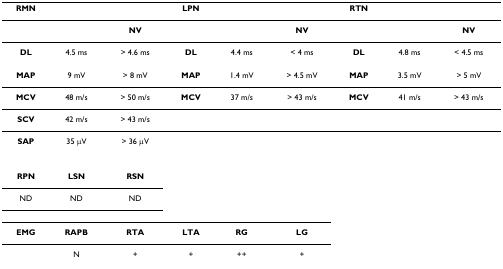
| RMN |  |  | LPN |  |  | RTN |  |  |
 | --- | --- | --- | --- | --- | --- | --- | --- | --- |
 |  |  | NV |  |  | NV |  |  | NV |
 | DL | 4.5 ms | > 4.6 ms | DL | 4.4 ms | < 4 ms | DL | 4.8 ms | < 4.5 ms |
 | MAP | 9 mV | > 8 mV | MAP | 1.4 mV | > 4.5 mV | MAP | 3.5 mV | > 5 mV |
 | MCV | 48 m/s | > 50 m/s | MCV | 37 m/s | > 43 m/s | MCV | 41 m/s | > 43 m/s |
 | SCV | 42 m/s | > 43 m/s |  |  |  |  |  |  |
 | SAP | 35 μV | > 36 μV |  |  |  |  |  |  |
 | RPN | LSN | RSN |  |  |  |  |  |  |
 | ND | ND | ND |  |  |  |  |  |  |
 | EMG | RAPB | RTA | LTA | RG | LG |  |  |  |
 |  | N | + | + | ++ | + |  |  |  |